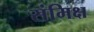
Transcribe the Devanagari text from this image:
संमिक्ष